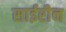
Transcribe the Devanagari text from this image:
साईरीन